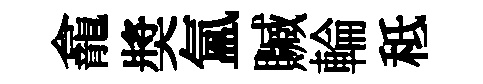
龕奬氳贓輪秪